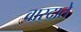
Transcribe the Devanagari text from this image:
वारदाते